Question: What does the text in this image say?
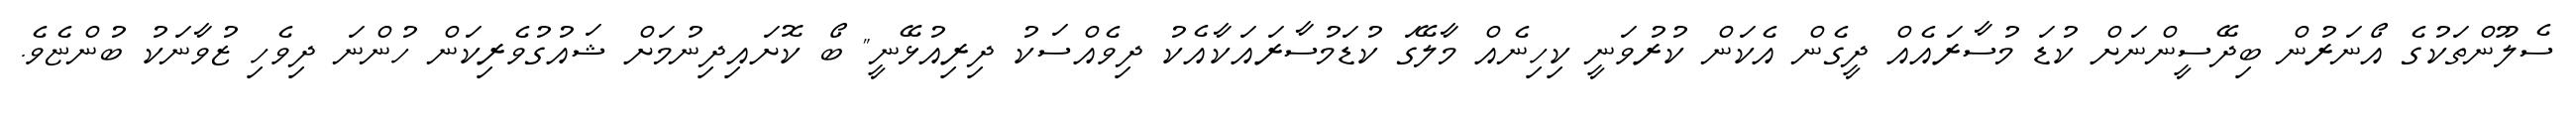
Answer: ސެލޫންތަކުގެ އޯނަރުން ބިދޭސީންނަށް ކުޑަ މުސާރައެއް ދީގެން އެކަން ކުރުވަނީ ކިހިނެއް މާލޭގަ ކުޑަމުސާރައަކާއެކު ދިވެއްސަކު ދިރިއުޅޭނީ" ބޯ ކޮށައިދިނުމަށް ޝައުގުވެރިކަން ހުންނަ ދިވެހި ޒުވާނަކު ބުންޏެވެ.